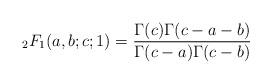
LaTeX: \begin{align*}{}_2F_1(a,b;c;1) =\frac{\Gamma(c)\Gamma(c-a-b)}{\Gamma(c-a)\Gamma(c-b)}\end{align*}